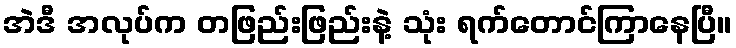
အဲဒီ အလုပ်က တဖြည်းဖြည်းနဲ့ သုံး ရက်တောင်ကြာနေပြီ။